Cholera in southern India
Disease focus: Cholera
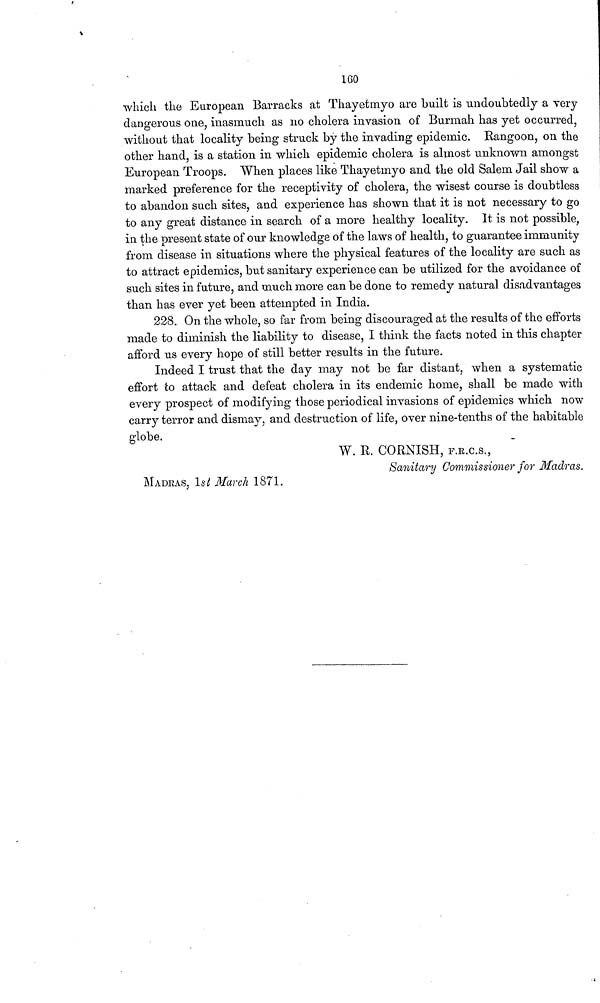
160
which the European Barracks at Thayetmyo are built is undoubtedly a very
dangerous one, inasmuch as no cholera invasion of Burmah has yet occurred,
without that locality being struck by the invading epidemic. Rangoon, on the
other hand, is a station in which epidemic cholera is almost unknown amongst
European Troops. When places like Thayetmyo and the old Salem Jail show a
marked preference for the receptivity of cholera, the wisest course is doubtless
to abandon such sites, and experience has shown that it is not necessary to go
to any great distance in search of a more healthy locality. It is not possible,
in the present state of our knowledge of the laws of health, to guarantee immunity
from disease in situations where the physical features of the locality are such as
to attract epidemics, but sanitary experience can be utilized for the avoidance of
such sites in future, and much more can be done to remedy natural disadvantages
than has ever yet been attempted in India.
228. On the whole, so far from being discouraged at the results of the efforts
made to diminish the liability to disease, I think the facts noted in this chapter
afford us every hope of still better results in the future.
Indeed I trust that the day may not be far distant, when a systematic
effort to attack and defeat cholera in its endemic home, shall be made with
every prospect of modifying those periodical invasions of epidemics which now
carry terror and dismay, and destruction of life, over nine-tenths of the habitable
globe.
W. R. CORNISH, F.R.C.S.,
Sanitary Commissioner for Madras.
MADRAS. 1st March 1871.